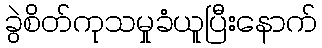
ခွဲစိတ်ကုသမှုခံယူပြီးနောက်